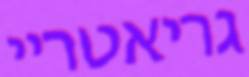
גריאטריי